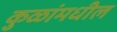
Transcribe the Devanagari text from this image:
कुळांमधील